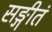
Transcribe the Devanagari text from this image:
सङ्गीतं